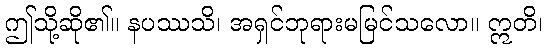
ဤသို့ဆို၏။ နပဿသိ၊ အရှင်ဘုရားမမြင်သလော။ ဣတိ၊